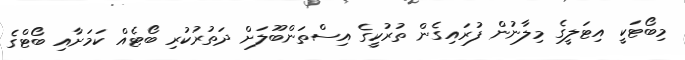
މިބޯޓަކީ އިޓަލީގެ މިލާނުން ފުރައިގެން ތުރުކީގެ އިސްތަންބޫލަށް ދަތުރުކުރި ބޯޓެއް ކަމަށާއި ބޯޓްގެ